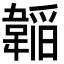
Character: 𮧲